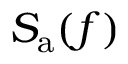
S _ { \mathrm { a } } ( f )